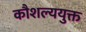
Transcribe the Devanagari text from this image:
कौशल्ययुक्त